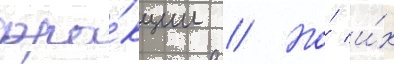
фра́кции // Но́ и́х